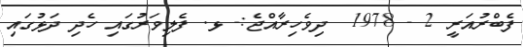
ފެބްރުއަރީ 2 - 1978  ދިވެހިރާއްޖެ:- ޅ. ފެލިވަރުގައި ހެދި ދަޅުގައި